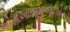
એસઆઇજીઆઇએનટી